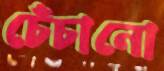
চেঁচানো